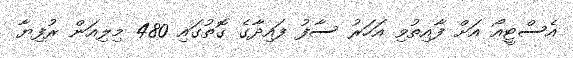
އެސްޓީއޯ އަށް ފާއިތުވި އަހަރު ސާފު ފައިދާގެ ގޮތުގައި 480 މިލިއަން ރުފިޔާ